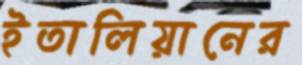
ইতালিয়ানের